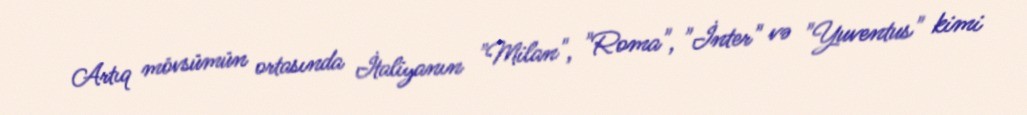
Artıq mövsümün ortasında İtaliyanın "Milan", "Roma", "İnter" və "Yuventus" kimi